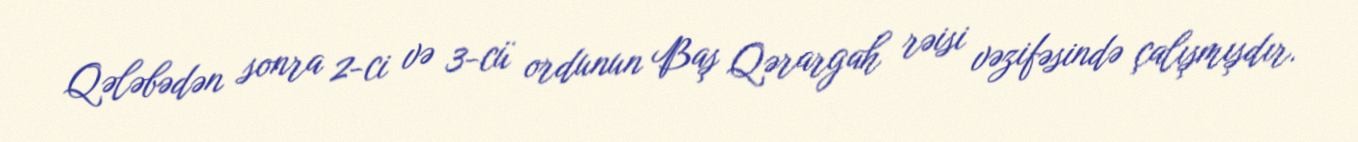
Qələbədən sonra 2-ci və 3-cü ordunun Baş Qərargah rəisi vəzifəsində çalışmışdır.